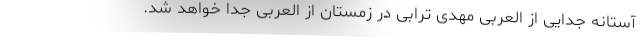
آستانه جدایی از العربی مهدی ترابی در زمستان از العربی جدا خواهد شد.